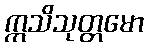
ဣသိသုတ္တမော